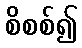
စိစစ်၍